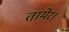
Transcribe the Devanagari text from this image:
तामेर।